V__Kingissepa_nim__kolhoos, lk 6
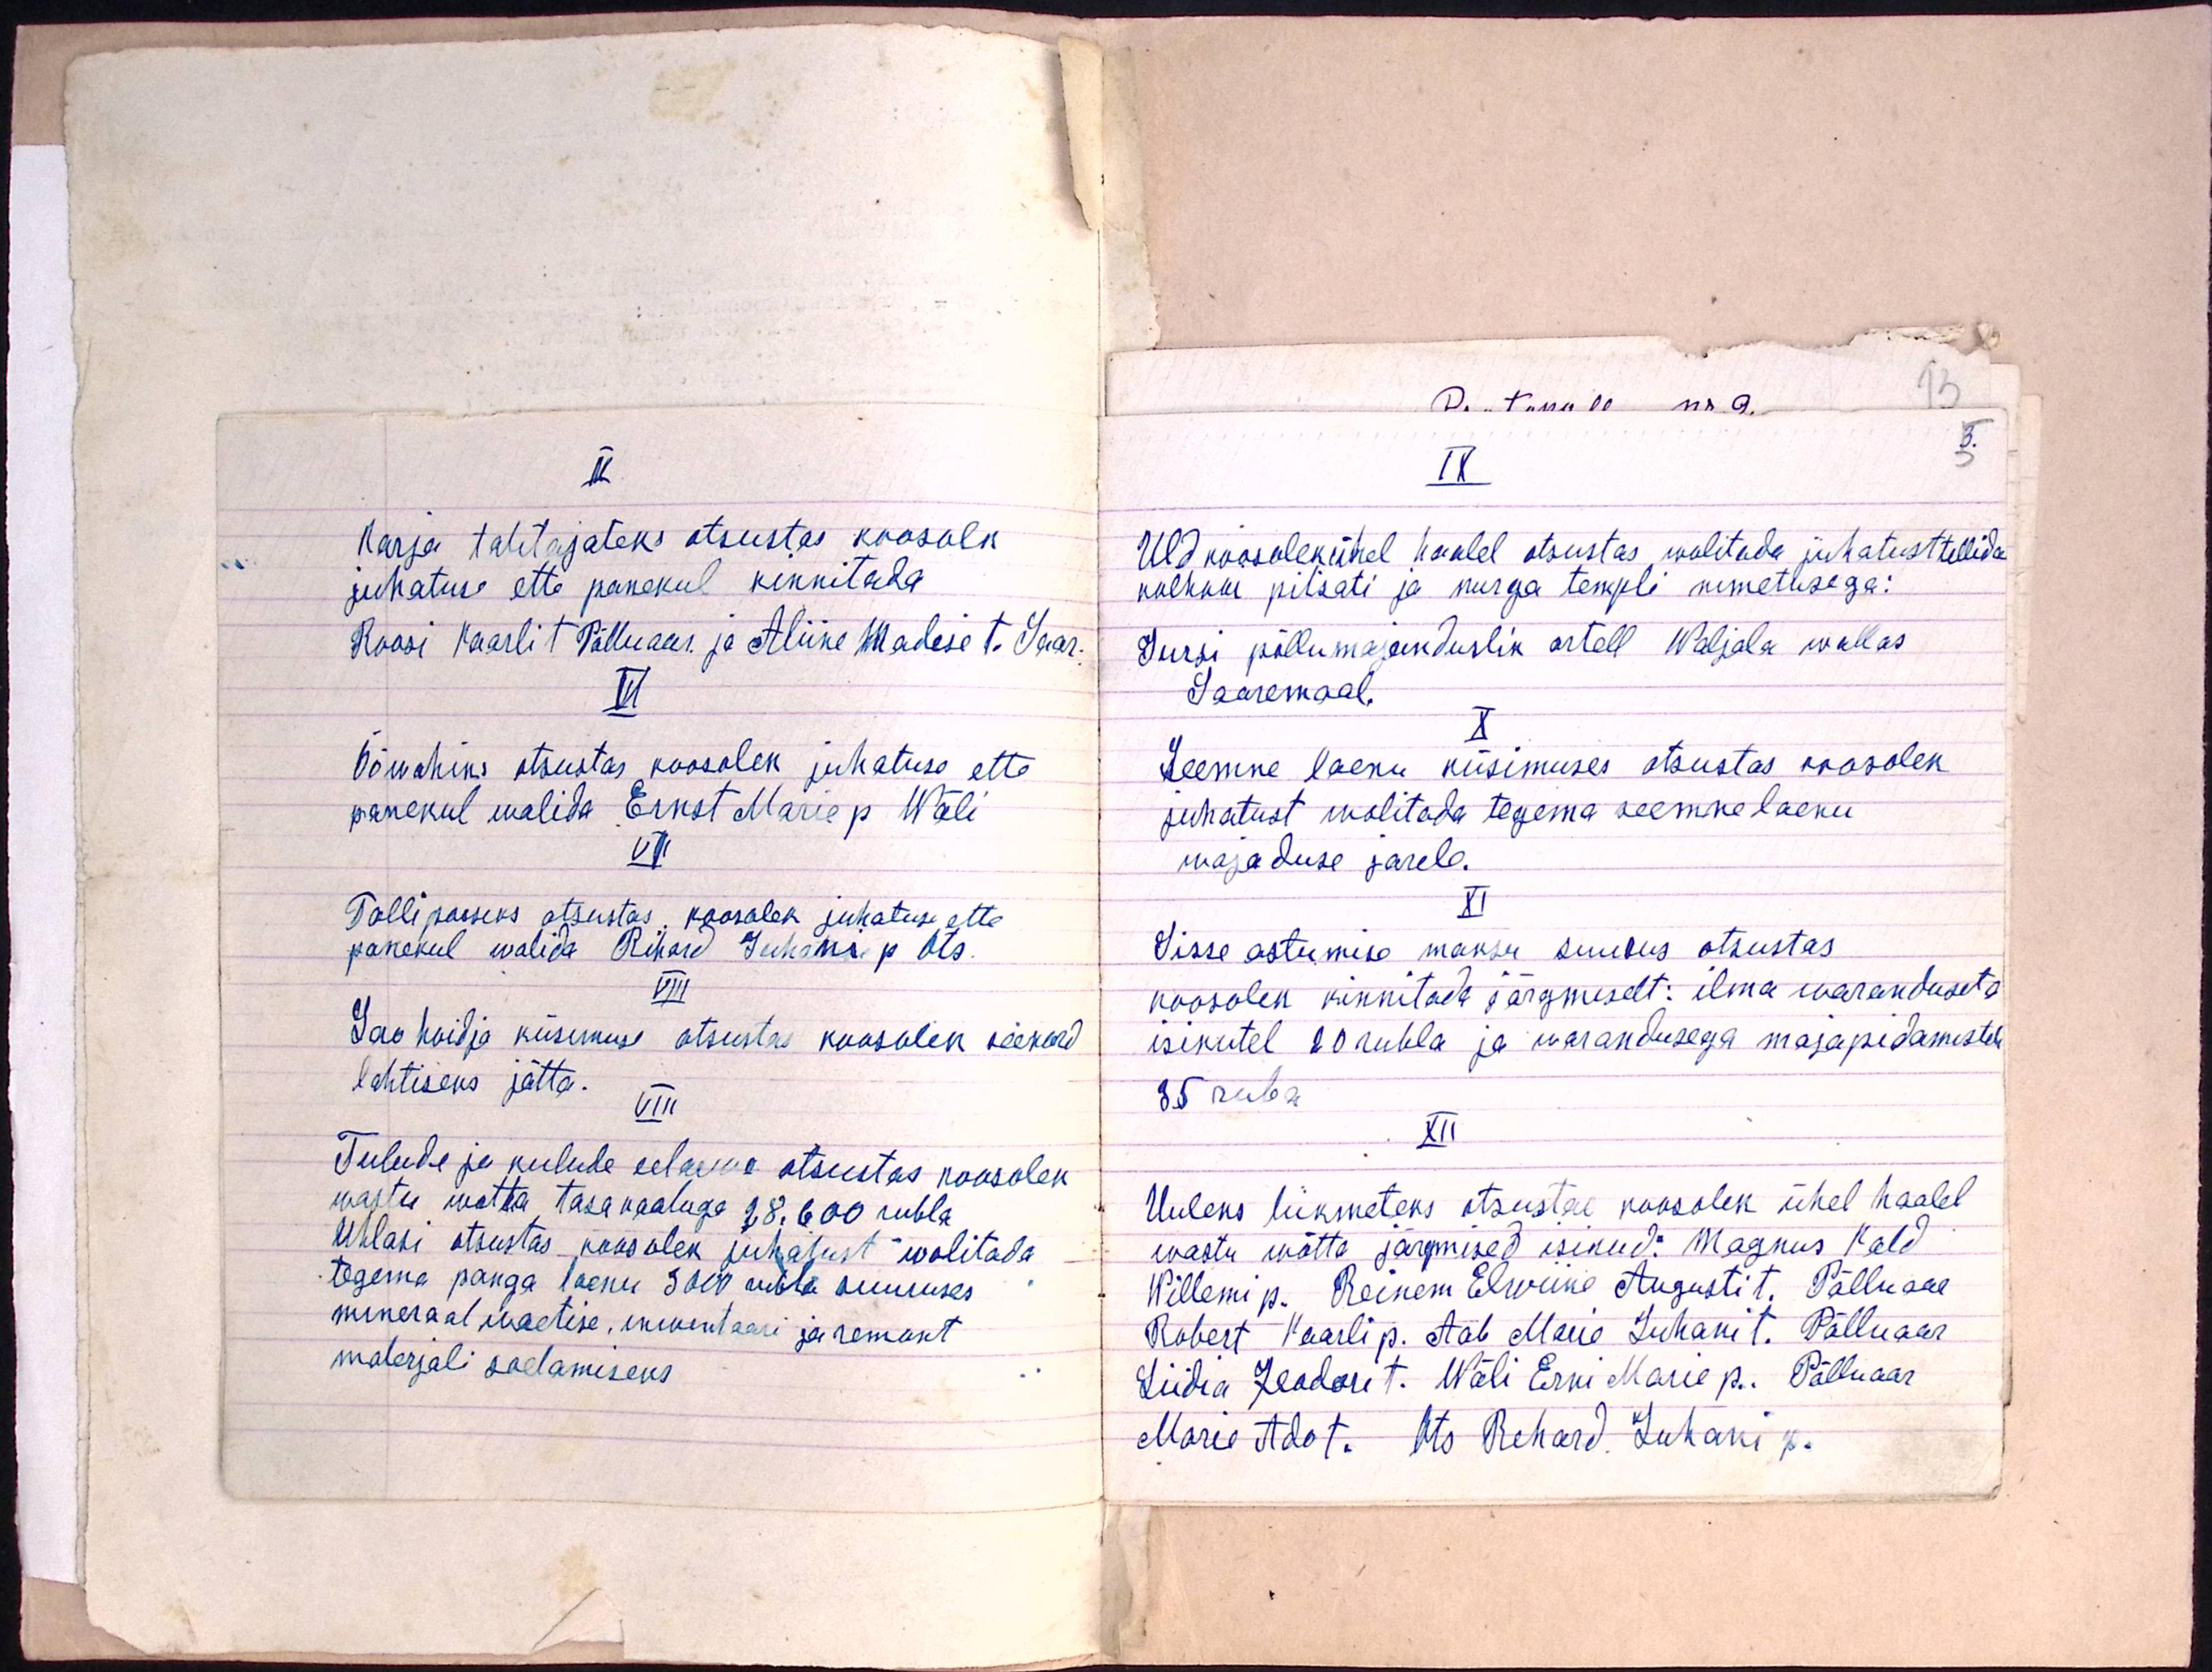
V
Karja talitajateks otsustas koosolek
juhatuse ette panekul kinnitada
Roosi Kaarli t Põlluaar ja Aliine Madise t. Saar.
VI
Ööwahiks otsustas koosolek juhatuse ette
panekul walida Ernst Marie p. Wäli
VII
Talli poiseks otsustas: koosolek juhatuse ette
panekul walida Rihard Juhani p. Ots.
VIII
Lao hoidja küsimuse otsustas koosolek seekord
lahtiseks jätta.
VIII
Tulude ja kulude eelarwe otsustas koosolek
wastu wõtta tasakaaluga 28.600 rubla
Ühlasi otsustas koosolek juhatust wolitada.
tegema panga laenu 3000 rubla suuruses
mineraal waetise, inwentaari ja remont
materjali sadamiseks.

IX
Uldkoosolek ühel haalel otsustas wolitada juhatust tellida
kolhoosi pitsati ja nurga templi nimetusega:
Jursi põllumajanduslik artell Waljala wallas
Saaremaal.
X
Seemne laenu küsimuses otsustas koosolek
juhatust wolitada tegema seemne laenu
wajaduse jarele.
XI
Sisse astumise maksu suurus otsustas
koosolek kinnitada järgmiselt: ilma waranduseta
isikutel 20 rubla ja warandusega majapidamistel
35 rubla.
XII
Uuleks liikmeteks otsustal koosolek ühel haalel
wastu wõtta järgmised isikud: Magnus Kald
Willemi p. Reinem Elwiine Augusti t. Põlluaar
Robert Kaarli p. Aab Marie Juhani t. Põlluaar
Liidia Feodori t. Wäli Erni Marie p.. Põlluaar
Marie Ado t. Ots Rehard Juhani p.